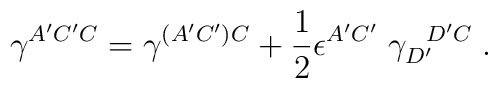
\gamma^{A'C'C}=\gamma^{(A'C')C}+{1\over 2}\epsilon^{A'C'}\; \gamma_{D'}^{\; \; \; D'C} \; .